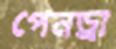
পেনড্রা